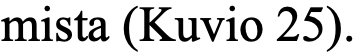
mista (Kuvio 25).